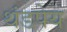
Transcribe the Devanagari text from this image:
थंडपेय